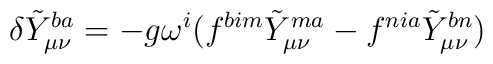
\delta \tilde{Y}_{\mu\nu}^{ba}=-g\omega ^i(f^{bim}\tilde{Y}_{\mu\nu}^{ma}-f^{nia}\tilde{Y}_{\mu\nu}^{bn})